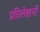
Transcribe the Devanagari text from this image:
प्रतिलेखनों